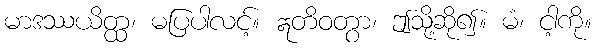
မာဒဿယိတ္ထ၊ မပြပါလင့်။ ဣတိဝတွာ၊ ဤသို့ဆို၍။ မံ၊ ငါ့ကို။